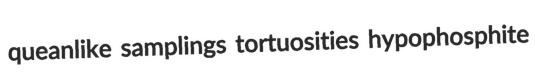
queanlike samplings tortuosities hypophosphite